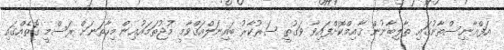
އަފްޣާނިސްތާނުގައި ތާލިބާނުން ޤާއިމްކޮށްފައިވާ ވަގުތީ ސަރުކާރު ބައިނަލްއަޤްވާމީ މުޖުތަމައުއިން މިހާތަނަށް ރަސްމީ ގޮތެއްގައި